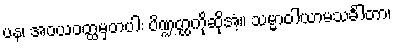
ပန၊ အဝယဝတ္ထမှတပါး ပိဏ္ဍတ္ထကိုဆိုအံ့။ သမ္မာဝါယာမသင်္ခါတာ၊